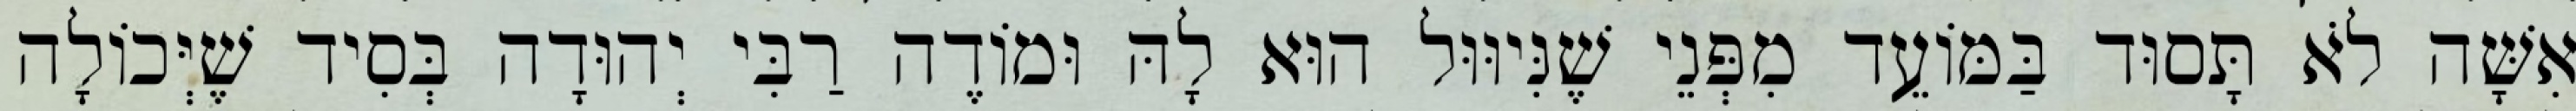
אִשָּׁה לֹא תָּסוּד בַּמּוֹעֵד מִפְּנֵי שֶׁנִּיוּוּל הוּא לָהּ וּמוֹדֶה רַבִּי יְהוּדָה בְּסִיד שֶׁיְּכוֹלָה